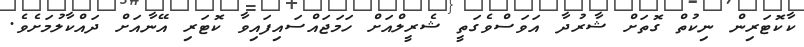
ކާކޮޓަރިން ނިކުތް ގޮތަށް ޝާރުދާ އަވަސްވެގަތީ ޝެރީލްއަށް ހަމަޖައްސައިފައިވާ ކޮޓަރި އޭނާއަށް ދައްކާލުމަށެވެ.